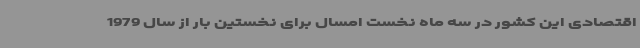
اقتصادی این کشور در سه ماه نخست امسال برای نخستین بار از سال 1979